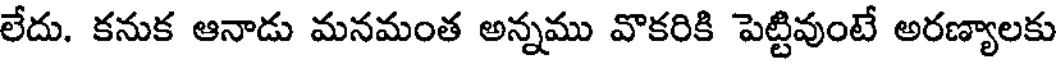
లేదు. కనుక ఆనాడు మనమంత అన్నము వొకరికి పెట్టివుంటే అరణ్యాలకు